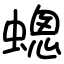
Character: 蟌